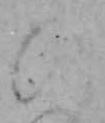
ひ